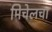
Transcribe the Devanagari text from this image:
मिचेलचा